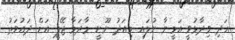
އަދި ވިދާޅުވީ އަމީނާ ނުލައި މިއަދު ނޫނީ މާދަމާ ޖޭޕީ އަށް ދައުވަތު